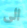
الى